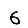
Digit: 6